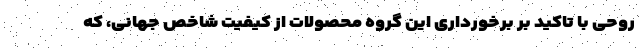
روحی با تاکید بر برخورداری این گروه محصولات از کیفیت شاخص جهانی، که